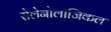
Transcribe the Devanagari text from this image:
सेलेनोलॉजिकल